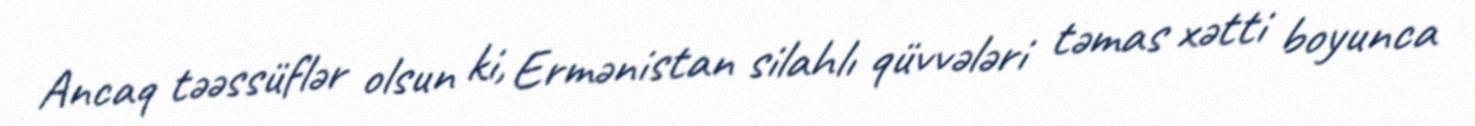
Ancaq təəssüflər olsun ki, Ermənistan silahlı qüvvələri təmas xətti boyunca